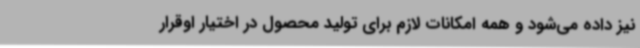
نیز داده می‌شود و همه امکانات لازم برای تولید محصول در اختیار اوقرار